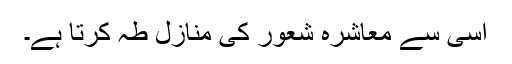
اسی سے معاشرہ شعور کی منازل طہ کرتا ہے۔